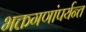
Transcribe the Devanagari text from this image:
भक्तगणांपर्यन्त